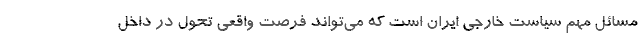
مسائل مهم سیاست‌ خارجی ایران است که می‌تواند فرصت واقعی تحول در داخل